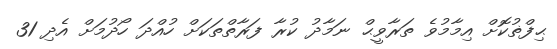
ޙިފްޡުކޮށް އިމާމުވެ ތަރާވީޙް ނަމާދު ކުރާ ފަރާތްތަކަށް ހުއްދަ ހޯދުމަށް އެދި 31